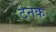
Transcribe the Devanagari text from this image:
टनक